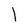
Character: l